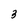
Character: 3